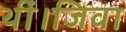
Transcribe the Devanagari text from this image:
थीं।जिवा